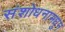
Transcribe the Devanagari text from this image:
संशोधनामधुन